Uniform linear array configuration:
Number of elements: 16
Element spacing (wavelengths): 1
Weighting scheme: blackman
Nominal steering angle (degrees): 45
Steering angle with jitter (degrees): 44.66
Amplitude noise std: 0.05
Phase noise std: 0.05

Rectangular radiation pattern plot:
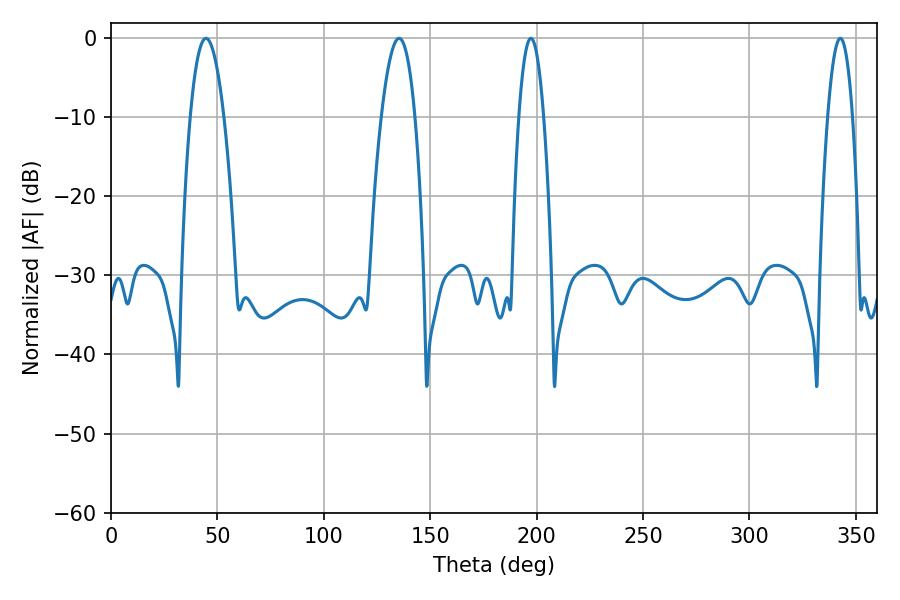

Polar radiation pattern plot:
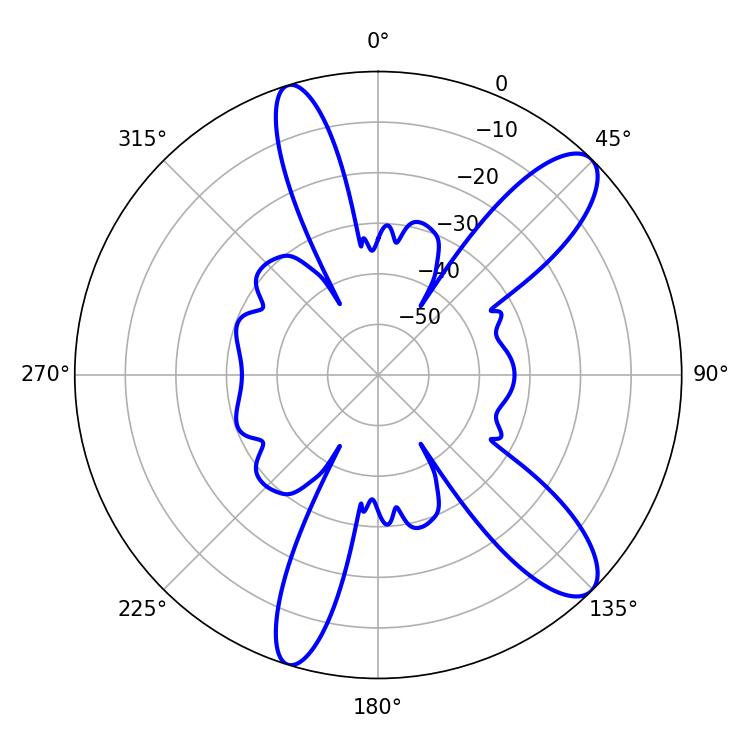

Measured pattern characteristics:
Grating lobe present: TRUE
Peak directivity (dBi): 11.046
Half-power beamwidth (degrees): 8.64
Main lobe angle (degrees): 44.64